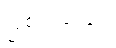
ဖြစ်ပါသည်။